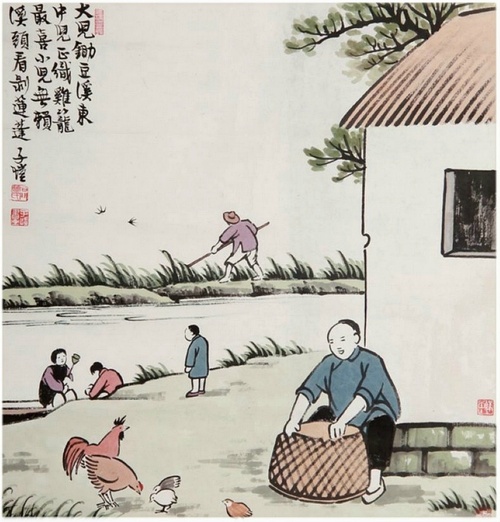
大儿锄豆溪东，中儿正织鸡笼。